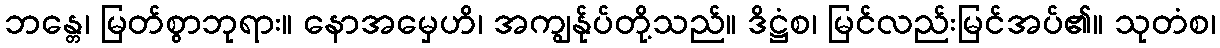
ဘန္တေ၊ မြတ်စွာဘုရား။ နောအမှေဟိ၊ အကျွန်ုပ်တို့သည်။ ဒိဋ္ဌံစ၊ မြင်လည်းမြင်အပ်၏။ သုတံစ၊